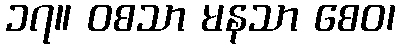
၁၇။ ဝစသာ မနသာ စေဝ၊